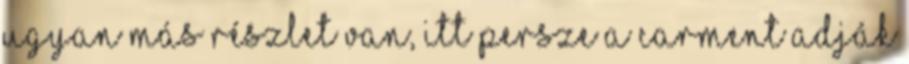
ugyan más részlet van, itt persze a Carment adják